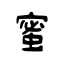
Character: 蜜